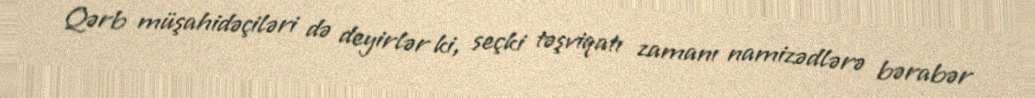
Qərb müşahidəçiləri də deyirlər ki, seçki təşviqatı zamanı namizədlərə bərabər